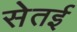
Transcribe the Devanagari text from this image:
सेतई